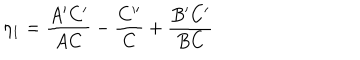
LaTeX: \eta _ { 1 } = { \frac { A ^ { \prime } C ^ { \prime } } { A C } } - { \frac { C ^ { \prime \prime } } { C } } + { \frac { B ^ { \prime } C ^ { \prime } } { B C } }